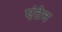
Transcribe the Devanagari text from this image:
एंटेन